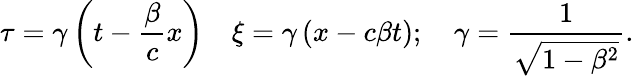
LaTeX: \tau=\gamma\left(t-\frac{\beta}{c}x\right)\quad\xi=\gamma\left(x-c\beta t\right);\quad\gamma=\frac{1}{\sqrt{1-\beta^{2}}}.